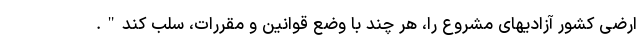
ارضی کشور آزادیهای مشروع را، هر چند با وضع قوانین و مقررات، سلب کند".